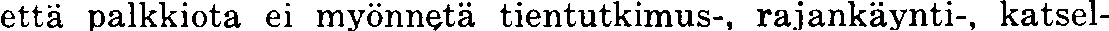
että palkkiota ei myönnetä tientutkimus-, rajankäynti-, katsel-